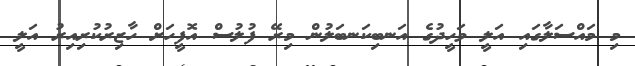
މި މައްސަލާގައި އަލީ ވަހީދުގެ އަނބިކަނބަލުން މިރޭ ފުލުސް އޮފީހަށް ހާޒިރުކުރިއިރު އަލީ